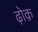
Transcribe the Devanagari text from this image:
ढ़ोक़